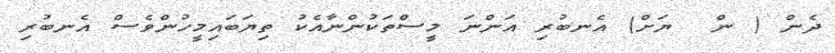
ދެން ( ން  ޔަށް) އެނބުރި އަންނަ މީސްތަކުންނާއެކު ތިޔަބައިމީހުންވެސް އެނބުރި